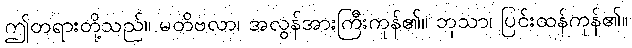
ဤတရားတို့သည်။ မတိဗလာ၊ အလွန်အားကြီးကုန်၏။ ဘုသာ၊ ပြင်းထန်ကုန်၏။